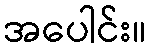
အပေါင်း။